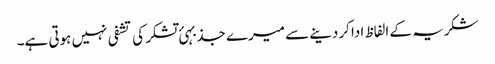
شکریہ کے الفاظ ادا کردینے سے میرے جذبہئ تشکر کی تشفی نہیں ہوتی ہے۔